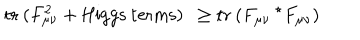
\mathrm { t r } \: ( F _ { \mu \nu } ^ { 2 } + \mathrm { H i g g s \: t e r m s } ) \: \: \ge \mathrm { t r } \: ( F _ { \mu \nu } \: ^ { \star } F _ { \mu \nu } )